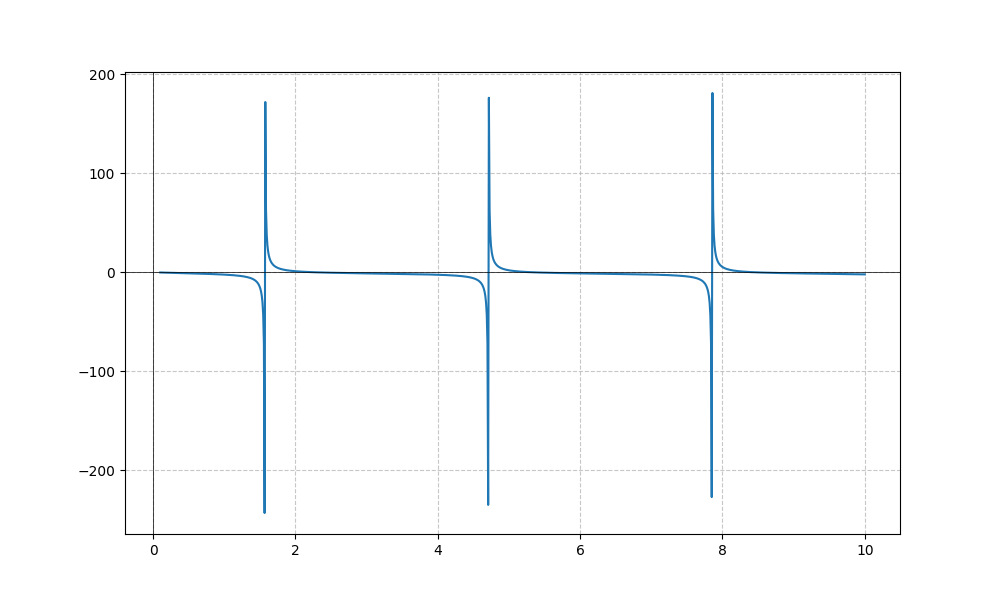
LaTeX formula: - \tan{\left(x \right)} - \operatorname{atan}{\left(x \right)}